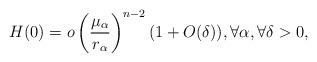
LaTeX: \begin{align*}H(0)=o\left(\frac{\mu_\alpha}{r_\alpha} \right)^{n-2}(1+O(\delta)),\forall \alpha,\forall \delta>0,\end{align*}